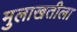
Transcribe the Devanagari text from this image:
मुलाखतीला